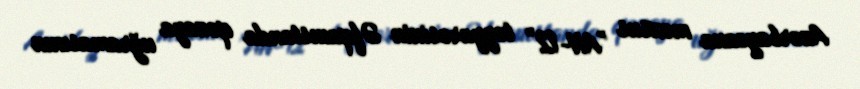
Azərbaycana məxsus "AN-12” təyyarəsinin Əfqanıstanda qəzaya uğramasının